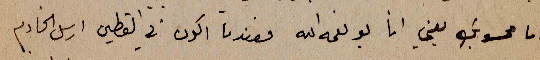
اما محسوبك يعني انا بو نعمه الله فعندما اكون في القطين ارسل الخادم